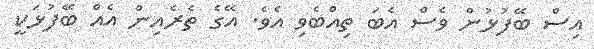
އިސް ބޭފުޅުން ވެސް އެބަ ތިއްބެވި އެވެ. އޭގެ ތެރެއިން އެއް ބޭފުޅަކީ